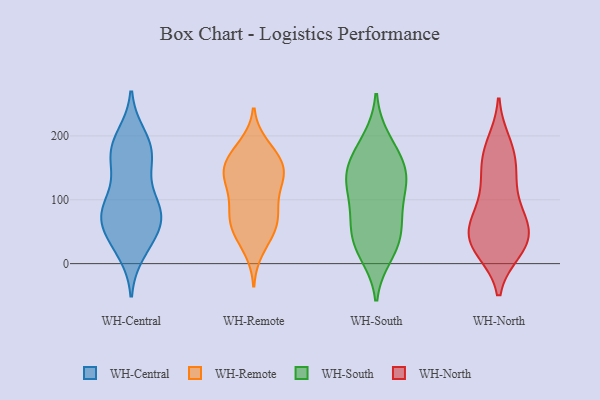
{"axis": {"x": "Market Share (%)", "y": "Value"}, "legend": ["WH-Central", "WH-North", "WH-Remote", "WH-South"], "data": [{"x": "", "y": 80, "type": "WH-Central"}, {"x": "", "y": 161, "type": "WH-Central"}, {"x": "", "y": 101, "type": "WH-Central"}, {"x": "", "y": 200, "type": "WH-Central"}, {"x": "", "y": 85, "type": "WH-Central"}, {"x": "", "y": 57, "type": "WH-Central"}, {"x": "", "y": 82, "type": "WH-Central"}, {"x": "", "y": 192, "type": "WH-Central"}, {"x": "", "y": 26, "type": "WH-Central"}, {"x": "", "y": 186, "type": "WH-Central"}, {"x": "", "y": 84, "type": "WH-Central"}, {"x": "", "y": 150, "type": "WH-Central"}, {"x": "", "y": 54, "type": "WH-Central"}, {"x": "", "y": 167, "type": "WH-Central"}, {"x": "", "y": 18, "type": "WH-Central"}, {"x": "", "y": 64, "type": "WH-Central"}, {"x": "", "y": 169, "type": "WH-Central"}, {"x": "", "y": 96, "type": "WH-Central"}, {"x": "", "y": 42, "type": "WH-Central"}, {"x": "", "y": 145, "type": "WH-Remote"}, {"x": "", "y": 56, "type": "WH-Remote"}, {"x": "", "y": 140, "type": "WH-Remote"}, {"x": "", "y": 175, "type": "WH-Remote"}, {"x": "", "y": 80, "type": "WH-Remote"}, {"x": "", "y": 140, "type": "WH-Remote"}, {"x": "", "y": 185, "type": "WH-Remote"}, {"x": "", "y": 83, "type": "WH-Remote"}, {"x": "", "y": 126, "type": "WH-Remote"}, {"x": "", "y": 172, "type": "WH-Remote"}, {"x": "", "y": 133, "type": "WH-Remote"}, {"x": "", "y": 62, "type": "WH-Remote"}, {"x": "", "y": 57, "type": "WH-Remote"}, {"x": "", "y": 43, "type": "WH-Remote"}, {"x": "", "y": 149, "type": "WH-Remote"}, {"x": "", "y": 108, "type": "WH-Remote"}, {"x": "", "y": 158, "type": "WH-Remote"}, {"x": "", "y": 87, "type": "WH-Remote"}, {"x": "", "y": 22, "type": "WH-Remote"}, {"x": "", "y": 87, "type": "WH-South"}, {"x": "", "y": 69, "type": "WH-South"}, {"x": "", "y": 70, "type": "WH-South"}, {"x": "", "y": 30, "type": "WH-South"}, {"x": "", "y": 125, "type": "WH-South"}, {"x": "", "y": 149, "type": "WH-South"}, {"x": "", "y": 133, "type": "WH-South"}, {"x": "", "y": 180, "type": "WH-South"}, {"x": "", "y": 26, "type": "WH-South"}, {"x": "", "y": 160, "type": "WH-South"}, {"x": "", "y": 124, "type": "WH-South"}, {"x": "", "y": 46, "type": "WH-South"}, {"x": "", "y": 194, "type": "WH-South"}, {"x": "", "y": 133, "type": "WH-South"}, {"x": "", "y": 14, "type": "WH-South"}, {"x": "", "y": 40, "type": "WH-North"}, {"x": "", "y": 27, "type": "WH-North"}, {"x": "", "y": 150, "type": "WH-North"}, {"x": "", "y": 180, "type": "WH-North"}, {"x": "", "y": 31, "type": "WH-North"}, {"x": "", "y": 168, "type": "WH-North"}, {"x": "", "y": 64, "type": "WH-North"}, {"x": "", "y": 124, "type": "WH-North"}, {"x": "", "y": 91, "type": "WH-North"}, {"x": "", "y": 39, "type": "WH-North"}, {"x": "", "y": 21, "type": "WH-North"}, {"x": "", "y": 188, "type": "WH-North"}, {"x": "", "y": 21, "type": "WH-North"}, {"x": "", "y": 63, "type": "WH-North"}, {"x": "", "y": 79, "type": "WH-North"}, {"x": "", "y": 58, "type": "WH-North"}, {"x": "", "y": 135, "type": "WH-North"}]}